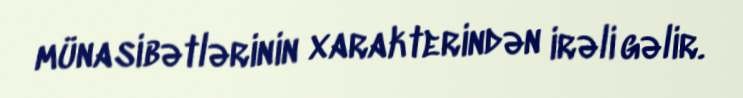
münasibətlərinin xarakterindən irəli gəlir.